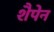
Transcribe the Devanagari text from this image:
शैपेन